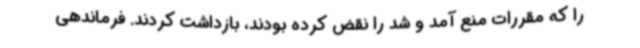
را که مقررات منع آمد و شد را نقض کرده بودند، بازداشت کردند. فرماندهی